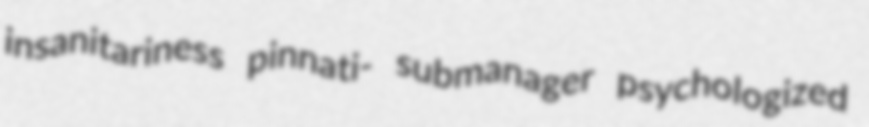
insanitariness pinnati- submanager psychologized